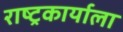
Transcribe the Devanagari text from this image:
राष्ट्रकार्याला